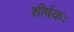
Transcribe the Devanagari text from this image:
शीर्षकः